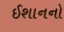
ઈશાનનો